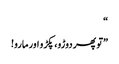
“
”تو پھر دوڑو، پکڑو اور مارو!